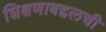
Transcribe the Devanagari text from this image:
शिक्षणाबद्दलची